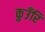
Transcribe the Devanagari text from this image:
कुउँरि